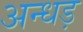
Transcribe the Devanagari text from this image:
अन्धड़